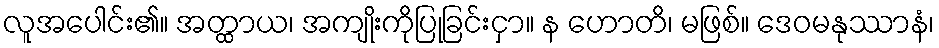
လူအပေါင်း၏။ အတ္ထာယ၊ အကျိုးကိုပြုခြင်းငှာ။ န ဟောတိ၊ မဖြစ်။ ဒေဝမနုဿာနံ၊